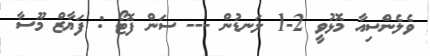
ވެލެންސިއާ މޮޅުވީ 2-1 ލަނޑުން --- ސަން ފޮޓޯ : ފަޔާޒް މޫސާ